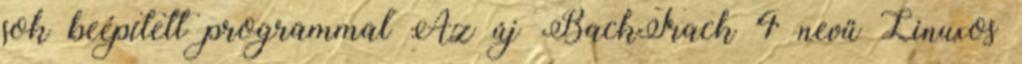
sok beépített programmal Az új BackTrack 4 nevű Linuxos